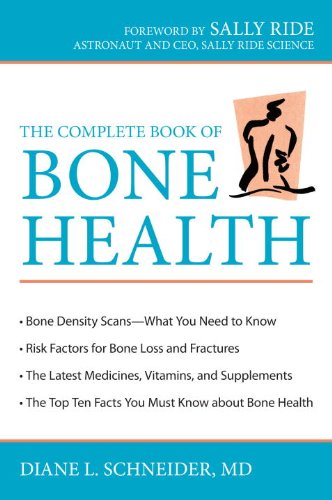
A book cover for The Complete Book of Bone Health; Diane L. Schneider; Health, Fitness & Dieting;